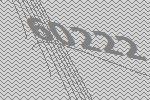
60222